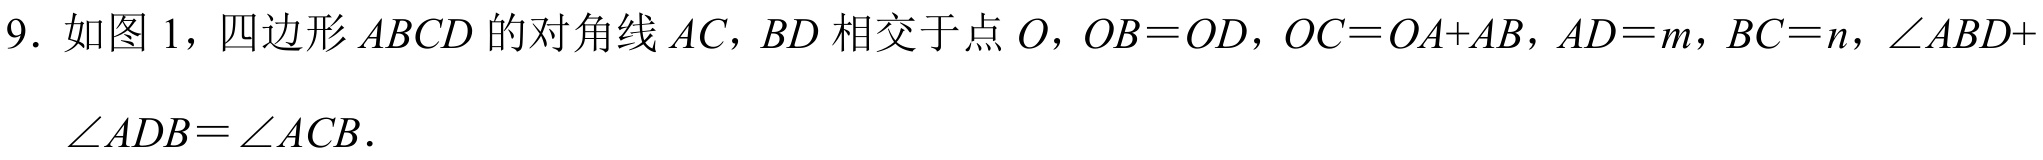
9. 如图1，四边形\(ABCD\)的对角线\(AC，BD\)相交于点\(O，OB = OD，OC = OA + AB，AD = m，BC = n，\angle ABD +\angle ADB=\angle ACB\)．